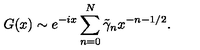
G ( x ) \sim e ^ { - i x } \sum _ { n = 0 } ^ { N } \tilde { \gamma } _ { n } x ^ { - n - 1 / 2 } .